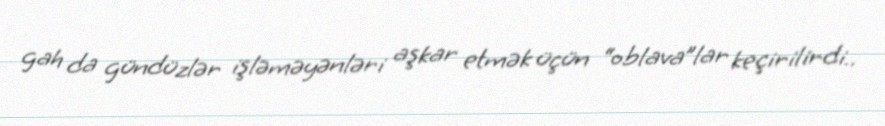
gah da gündüzlər işləməyənləri aşkar etmək üçün “oblava”lar keçirilirdi..